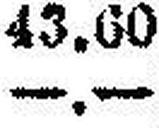
—.—